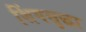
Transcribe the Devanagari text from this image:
शिंगसुद्धा